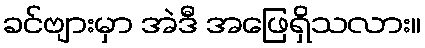
ခင်ဗျားမှာ အဲဒီ အဖြေရှိသလား။